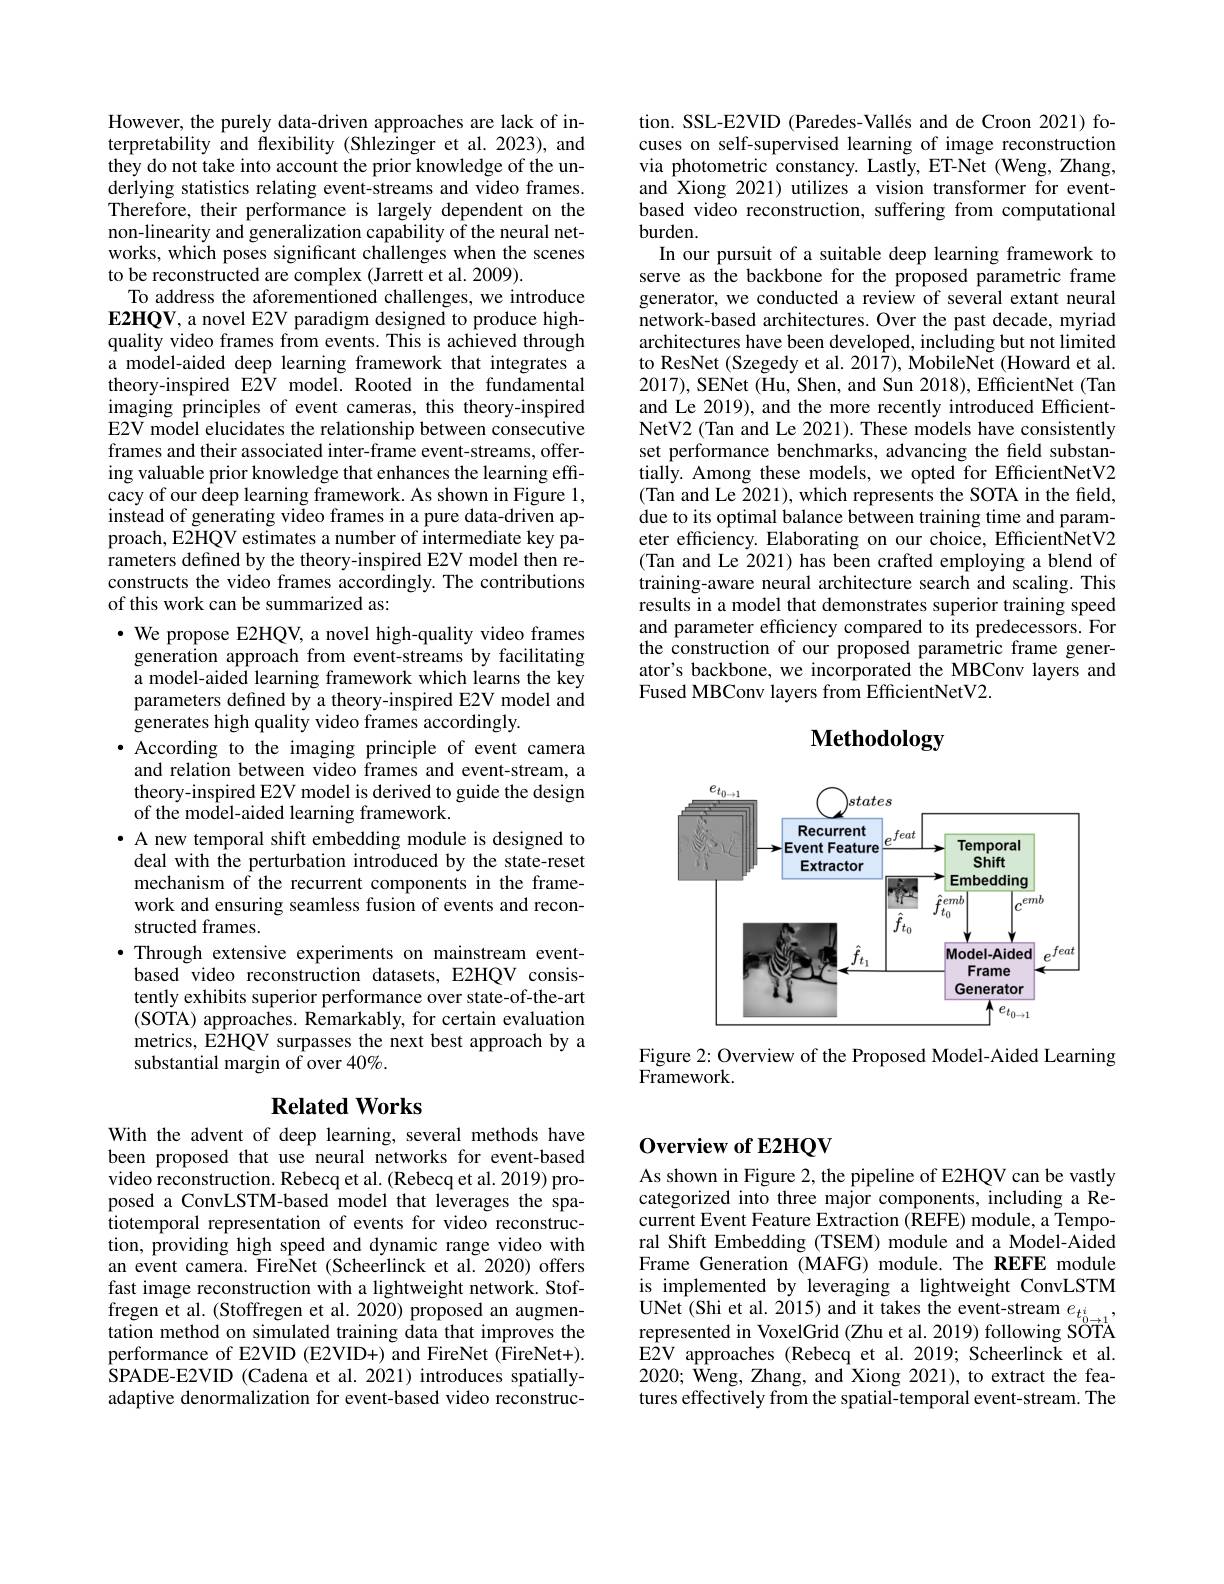
However, the purely data-driven approaches are lack of interpretability and flexibility (Shlezinger et al.2023), and they do not take into account the prior knowledge of the underlying statistics relating event-streams and video frames. Therefore, their performance is largely dependent on the non-linearity and generalization capability of the neural networks, which poses significant challenges when the scenes to be reconstructed are complex (Jarrett et al. 2009).
To address the aforementioned challenges, we introduce E2HQV, a novel E2V paradigm designed to produce highquality video frames from events. This is achieved through a model-aided deep learning framework that integrates a theory-inspired E2V model. Rooted in the fundamental imaging principles of event cameras, this theory-inspired E2V model elucidates the relationship between consecutive frames and their associated inter-frame event-streams, offering valuable prior knowledge that enhances the learning effcacy of our deep learning framework. As shown in Figure 1, instead of generating video frames in a pure data-driven approach, E2HQV estimates a number of intermediate key parameters defined by the theory-inspired E2V model then reconstructs the video frames accordingly. The contributions of this work can be summarized as:
· We propose E2HQV, a novel high-quality video frames
generation approach from event-streams by facilitating a model-aided learning framework which learns the key parameters defined by a theory-inspired E2V model and generates high quality video frames accordingly.
· According to the imaging principle of event camera
and relation between video frames and event-stream, a theory-inspired E2V model is derived to guide the design of the model-aided learning framework.
· A new temporal shift embedding module is designed to deal with the perturbation introduced by the state-reset mechanism of the recurrent components in the framework and ensuring seamless fusion of events and reconstructed frames.
·Through extensive experiments on mainstream event-
based video reconstruction datasets, E2HQV consistently exhibits superior performance over state-of-the-art (SOTA) approaches. Remarkably, for certain evaluation metrics, E2HQV surpasses the next best approach by a substantial margin of over 40%.

## $\textbf{Related Works}$

With the advent of deep learning, several methods have been proposed that use neural networks for event-based video reconstruction. Rebecq et al. (Rebecq et al. 2019) proposed a ConvLSTM-based model that leverages the spatiotemporal representation of events for video reconstruction, providing high speed and dynamic range video with an event camera. FireNet (Scheerlinck et al.2020) offers fast image reconstruction with a lightweight network. Stoffregen et al. (Stoffregen et al. 2020) proposed an augmentation method on simulated training data that improves the performance of E2VID (E2VID+) and FireNet (FireNet+). SPADE-E2VID (Cadena et al. 2021) introduces spatiallyadaptive denormalization for event-based video reconstruc-

tion. SSL-E2VID (Paredes-Vallés and de Croon 2021) focuses on self-supervised learning of image reconstruction via photometric constancy. Lastly, ET-Net (Weng, Zhang, and Xiong 2021) utilizes a vision transformer for eventbased video reconstruction, suffering from computational burden.
In our pursuit of a suitable deep learning framework to serve as the backbone for the proposed parametric frame generator, we conducted a review of several extant neural network-based architectures. Over the past decade, myriad architectures have been developed, including but not limited to ResNet (Szegedy et al. 2017), MobileNet (Howard et al. 2017), SENet (Hu, Shen, and Sun 2018), EfficientNet (Tan and Le 2019), and the more recently introduced EfficientNetV2 (Tan and Le 2021). These models have consistently set performance benchmarks, advancing the field substantially. Among these models, we opted for EfficientNetV2 (Tan and Le 2021), which represents the SOTA in the field, due to its optimal balance between training time and parameter efficiency. Elaborating on our choice, EfficientNetV2 (Tan and Le 2021) has been crafted employing a blend of training-aware neural architecture search and scaling. This results in a model that demonstrates superior training speed and parameter efficiency compared to its predecessors. For the construction of our proposed parametric frame generator's backbone, we incorporated the MBConv layers and Fused MBConv layers from EfficientNetV2.

Methodology

<FigureHere>

Figure 2: Overview of the Proposed Model-Aided Learning
Framework.

## Overview of E2HQV

As shown in Figure 2, the pipeline of E2HQV can be vastly categorized into three major components, including a Recurrent Event Feature Extraction (REFE) module, a Temporal Shift Embedding (TSEM) module and a Model-Aided Frame Generation (MAFG) module. The REFE module is implemented by leveraging a lightweight ConvLSTM UNet (Shi et al. 2015) and it takes the event-stream $e_{t_{0\to1}^i}$, represented in VoxelGrid (Zhu et al. 2019) following SOTA E2V approaches (Rebecq et al. 2019; Scheerlinck et al. 2020; Weng, Zhang, and Xiong 2021), to extract the features effectively from the spatial-temporal event-stream. The